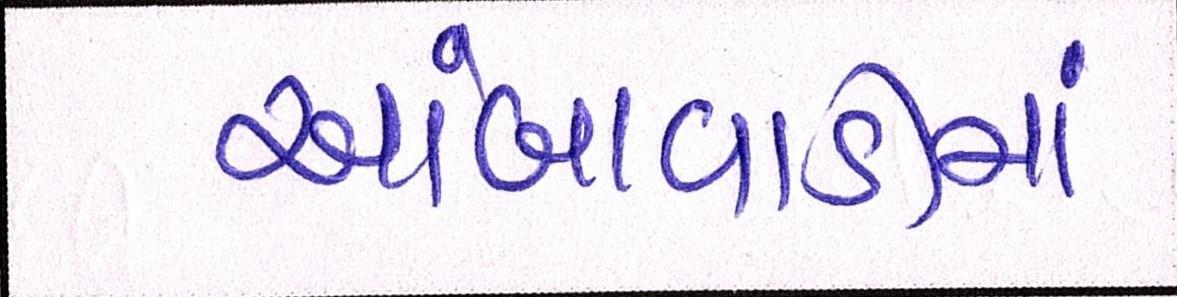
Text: આંબાવાડીમાં